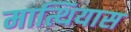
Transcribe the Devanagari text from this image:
मात्थियास